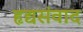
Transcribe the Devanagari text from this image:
हृद्यसंवाद